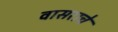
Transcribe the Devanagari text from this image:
वासराचे